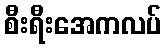
စီးရီးအေကလပ်